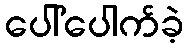
ပေါ်ပေါက်ခဲ့